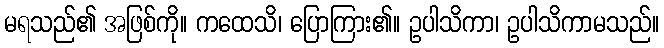
မရသည်၏ အဖြစ်ကို။ ကထေသိ၊ ပြောကြား၏။ ဥပါသိကာ၊ ဥပါသိကာမသည်။